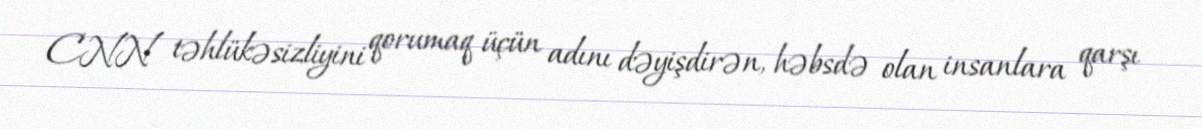
CNN təhlükəsizliyini qorumaq üçün adını dəyişdirən, həbsdə olan insanlara qarşı